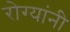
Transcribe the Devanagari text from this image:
रोग्यांनी